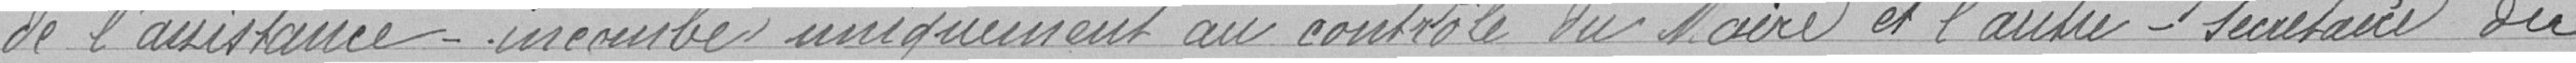
de l'assistance- incombe uniquement au contrôle du Maire et l'autre - secrétaire du